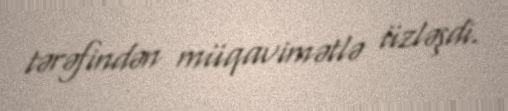
tərəfindən müqavimətlə üzləşdi.